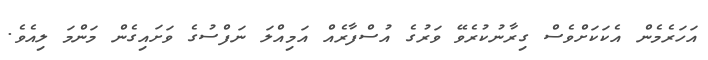
އަހަރެމެން އެކަކަށްވެސް ގިރާނުކުރެވޭ ވަރުގެ އުސްފާރެއް އަމިއްލަ ނަފްސުގެ ވަށައިގެން މަންމަ ލިއެވެ.